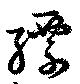
縹